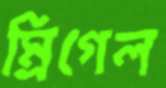
ম্রিগেল